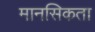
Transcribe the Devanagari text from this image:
मानसिकता